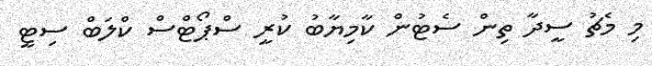
މި މެޗު ސީދާ ތިން ސެޓުން ކާމިޔާބު ކުރީ ސްޕޯޓްސް ކްލަބް ސިޓީ